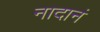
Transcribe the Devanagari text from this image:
नादानं